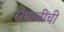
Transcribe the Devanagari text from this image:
संभाजींची